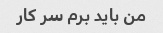
من باید برم سر کار